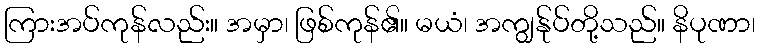
ကြားအပ်ကုန်လည်း။ အမှာ၊ ဖြစ်ကုန်၏။ မယံ၊ အကျွန်ုပ်တို့သည်။ နိပုဏာ၊